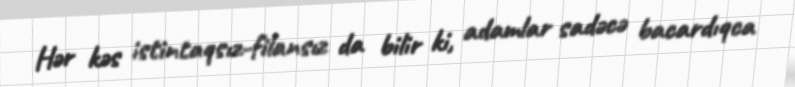
Hər kəs istintaqsız-filansız da bilir ki, adamlar sadəcə bacardıqca